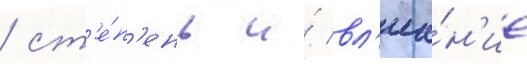
/ ст'е́п'ень и́ вл'иа́н'ие